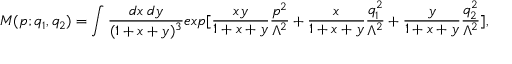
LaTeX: M ( p ; q _ { 1 } , q _ { 2 } ) = \int \frac { d x \; d y } { ( 1 + x + y ) ^ { 3 } } e x p [ \frac { x y } { 1 + x + y } \frac { p ^ { 2 } } { \Lambda ^ { 2 } } + \frac { x } { 1 + x + y } \frac { q _ { 1 } ^ { 2 } } { \Lambda ^ { 2 } } + \frac { y } { 1 + x + y } \frac { q _ { 2 } ^ { 2 } } { \Lambda ^ { 2 } } ] ,